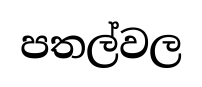
පතල්වල